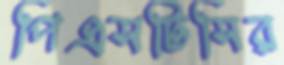
পিএসটিসির